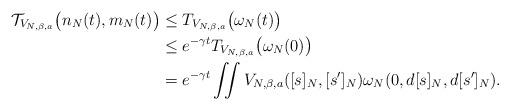
LaTeX: \begin{align*}\mathcal{T}_{V_{N,\beta,a}}\big(n_N(t),m_N(t)\big)&\leq T_{V_{N,\beta,a}}\big(\omega_N(t)\big)\\&\leq e^{-\gamma t}T_{V_{N,\beta,a}}\big(\omega_N(0)\big)\\&=e^{-\gamma t}\iint V_{N,\beta,a}([s]_N,[s']_N)\omega_N(0,d[s]_N,d[s']_N).\end{align*}